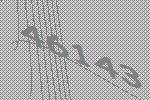
46143